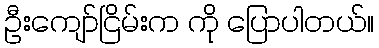
ဦးကျော်ငြိမ်းက ကို ပြောပါတယ်။